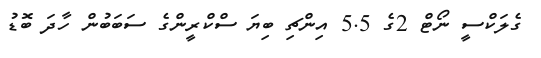
ގެލަކްސީ ނޯޓް 2ގެ 5.5 އިންޗި ބިޔަ ސްކްރީންގެ ސަބަބުން ހާދަ ބޮޑު